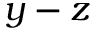
y - z